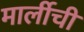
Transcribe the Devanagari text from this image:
मार्लीची